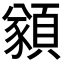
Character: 𩔀